Trukikaitis_Postimees, lk 2
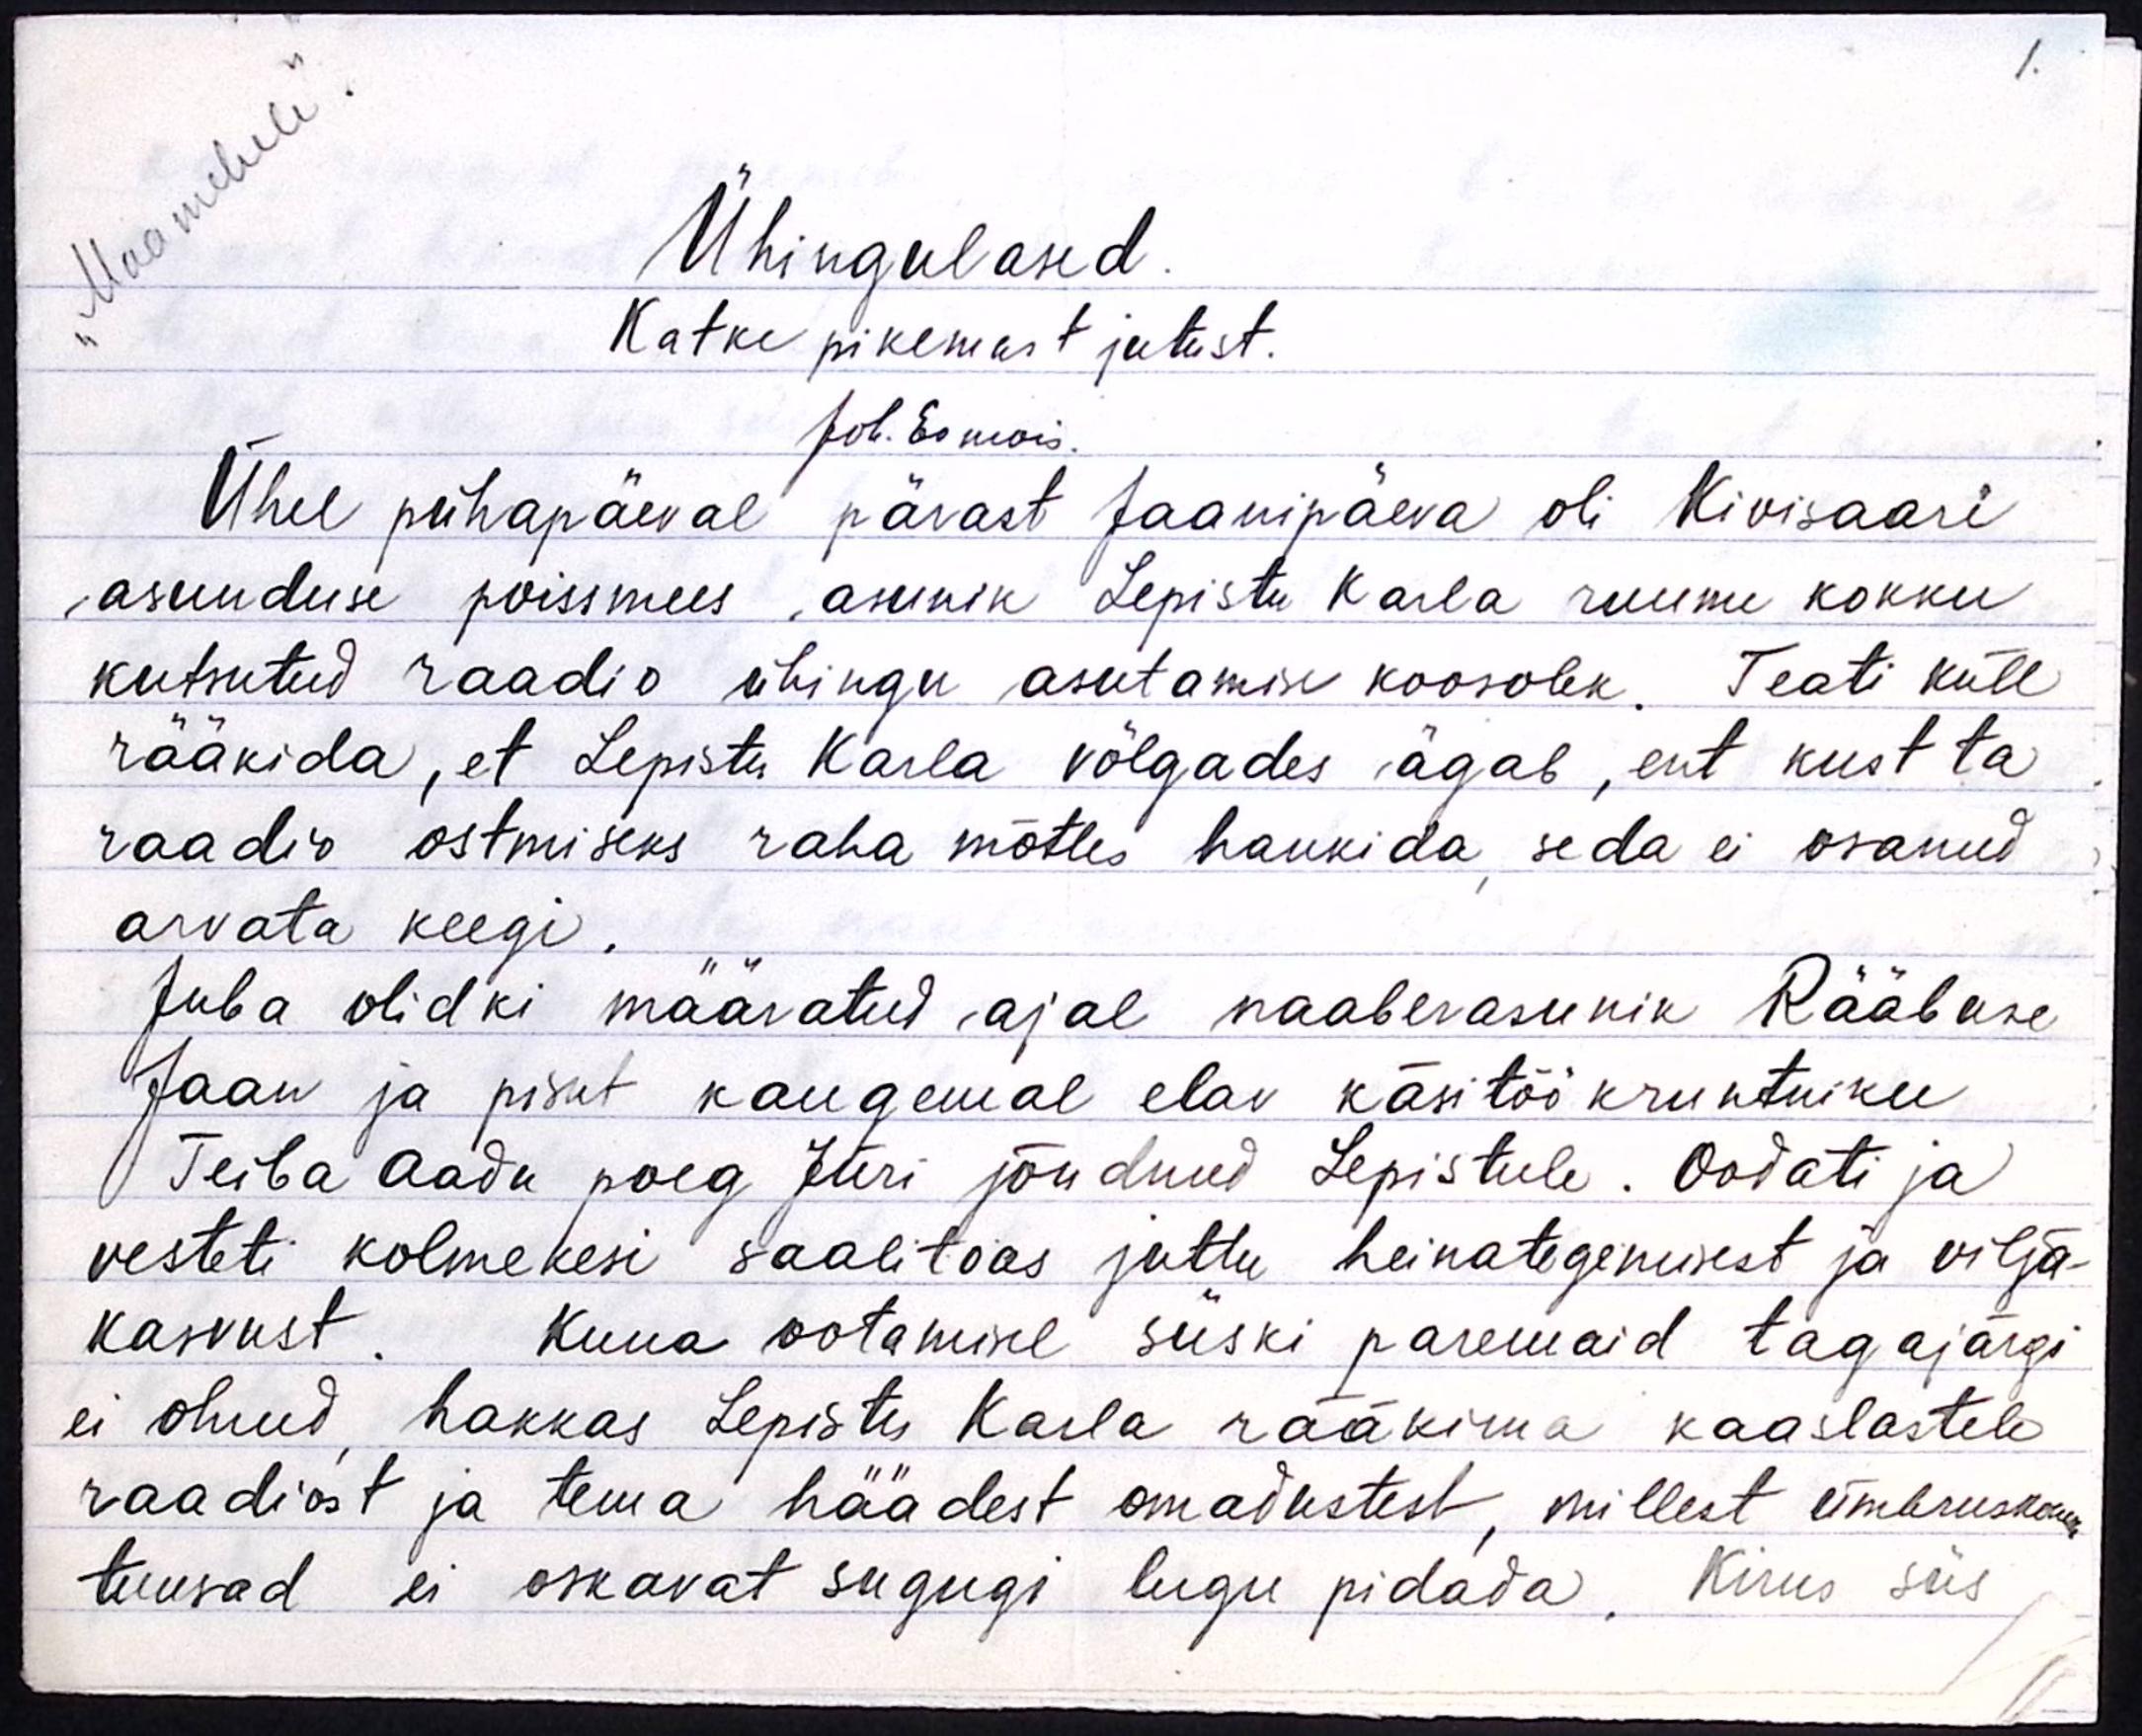
1.
Ühingulased.
Katke pikemast jutust.
Joh. Eomois.
Ühel pühapäeval pärast Jaanipäeva oli Kivisaari
asunduse poissmees, asunik Lepistu Karla ruumi kokku
kutsutud raadio ühingu asutamise koosolek. Teati küll
rääkida, et Lepistu Karla võlgades ägab, ent kust ta
raadio ostmiseks raha mõtles hankida, seda ei osanud
arvata keegi.
Juba olidki määratud ajal naaberasunik Rääbuse
Jaan ja pisut kaugemal elav käsitöö kruntniku
Teiba Aadu poeg Jüri jõudnud Lepistule. Oodati ja
vesteti kolmekesi saalitoas juttu heinategemisest ja vilja-
kasvust. Kuna ootamisel siiski paremaid tagajärgi
ei olnud, hakkas Lepistu Karla rääkima kaaslastele
raadiost ja tema häädest omadustest, millest ümbruskonna
tuusad ei oskavat sugugi lugu pidada. Kirus siis

Maamehele